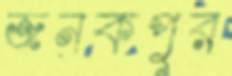
জনকপুর